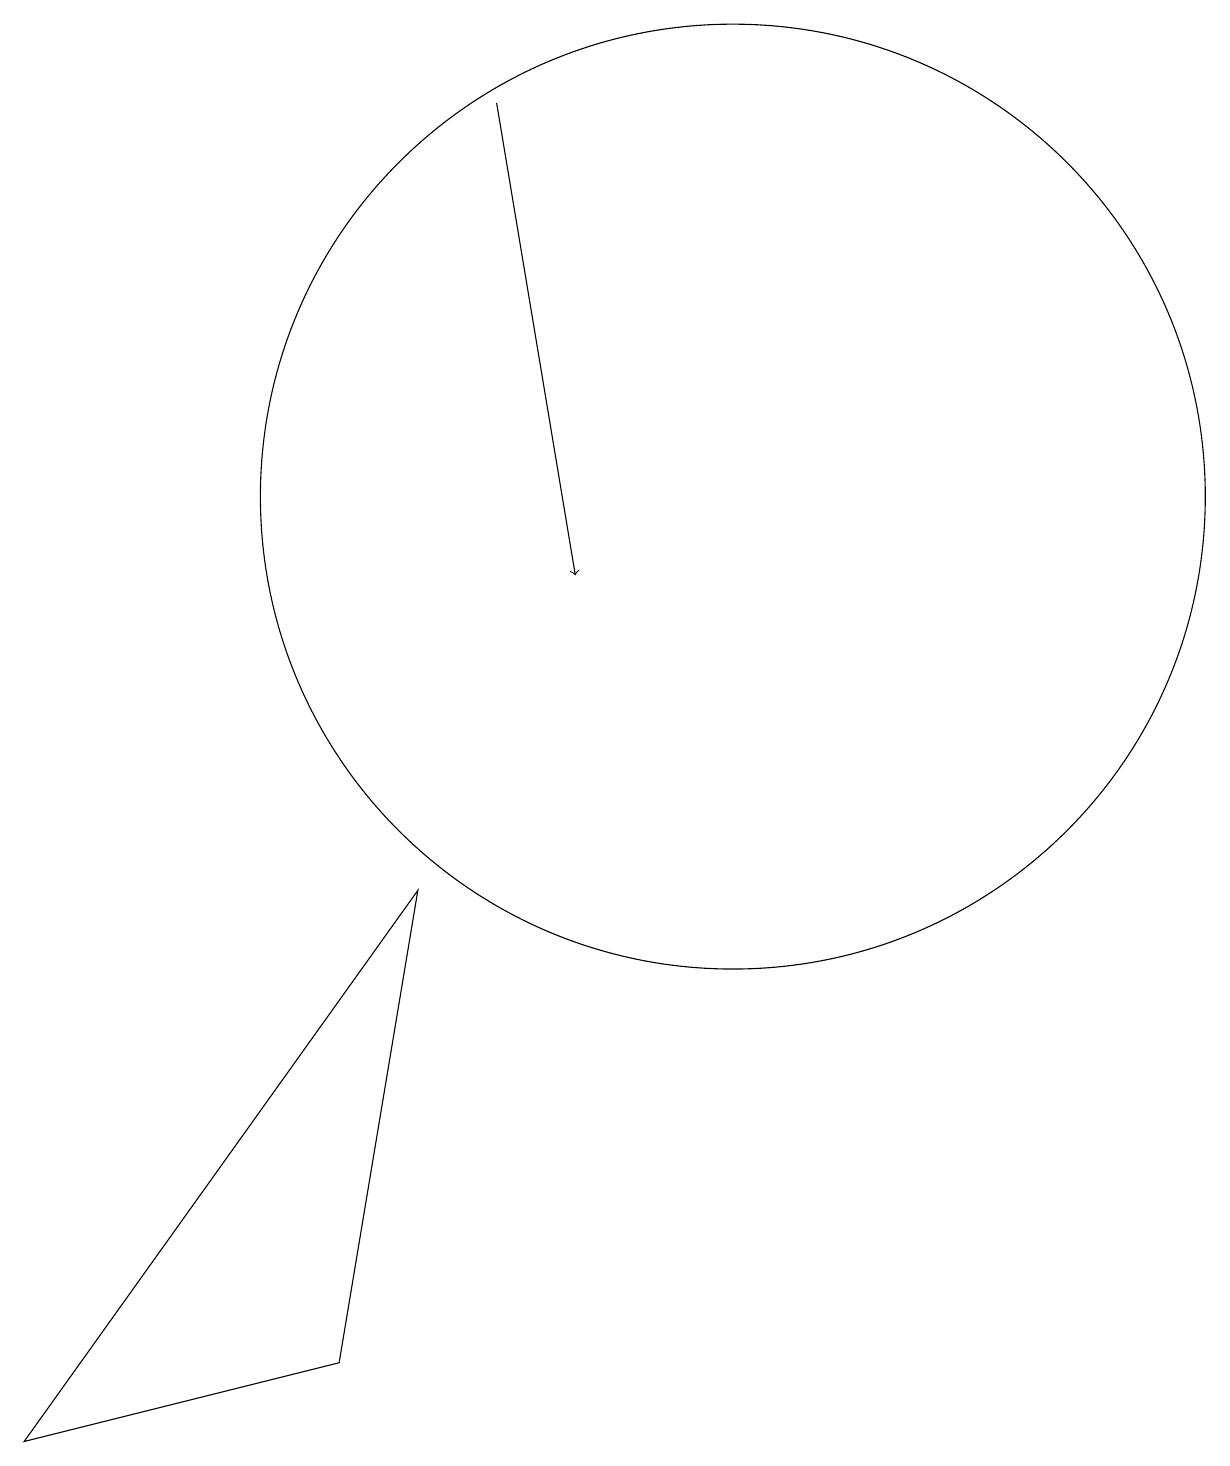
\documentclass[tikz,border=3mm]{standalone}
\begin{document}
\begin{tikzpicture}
\draw (5,1) -- (1,0) -- (6,7) -- cycle;
\draw[->] (7,17) -- (8,11);
\draw (10,12) circle (6);
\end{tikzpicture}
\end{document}